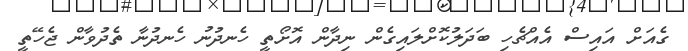
ގެއަށް އައިސް އެއްޗެހި ބަދަލުކޮށްލައިގެން ނިދާން އޮށޯތީ ހެނދުނު ހެނދުނާ ތެދުވާން ޖެހޭތީ